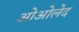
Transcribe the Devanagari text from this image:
ओओलेद